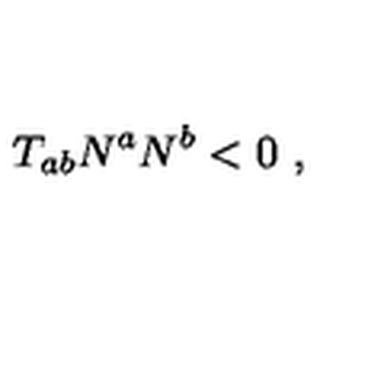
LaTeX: T _ { a b } N ^ { a } N ^ { b } < 0 \ ,